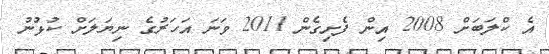
އެ ކްލަބަށް 2008 އިން ފެށިގެން 2011 ވަނަ އަހަރުގެ ނިޔަލަށް ކުޅުނު